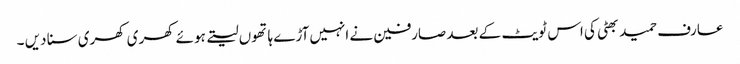
عارف حمید بھٹی کی اس ٹویٹ کے بعد صارفین نے انہیں آڑے ہاتھوں لیتے ہوئے کھری کھری سنا دیں ۔